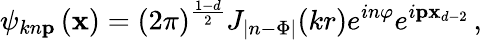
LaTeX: \psi_{kn\textbf{p}\, }(\textbf{x})=(2\pi)^{\frac{1-d}2}J_{|n-\Phi|}(kr)e^{in\varphi}e^{i\textbf{p}{\textbf{x}}_{d-2}}\, ,